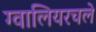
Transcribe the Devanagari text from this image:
ग्वालियरचले